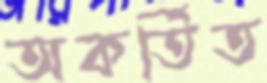
অকর্তিত